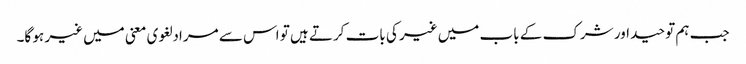
جب ہم توحید اور شرک کے باب میں غیر کی بات کرتے ہیں تو اس سے مراد لغوی معنی میں غیر ہو گا۔